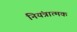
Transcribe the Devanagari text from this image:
नियंत्रात्मक